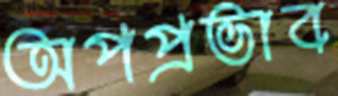
অপপ্রভাব